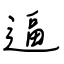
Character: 逼